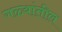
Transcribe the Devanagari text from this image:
गळ्यांतील